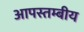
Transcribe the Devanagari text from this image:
आपस्तम्बीय